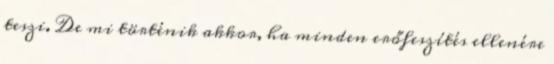
teszi. De mi történik akkor, ha minden erőfeszítés ellenére